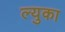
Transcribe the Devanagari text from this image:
ल्युका